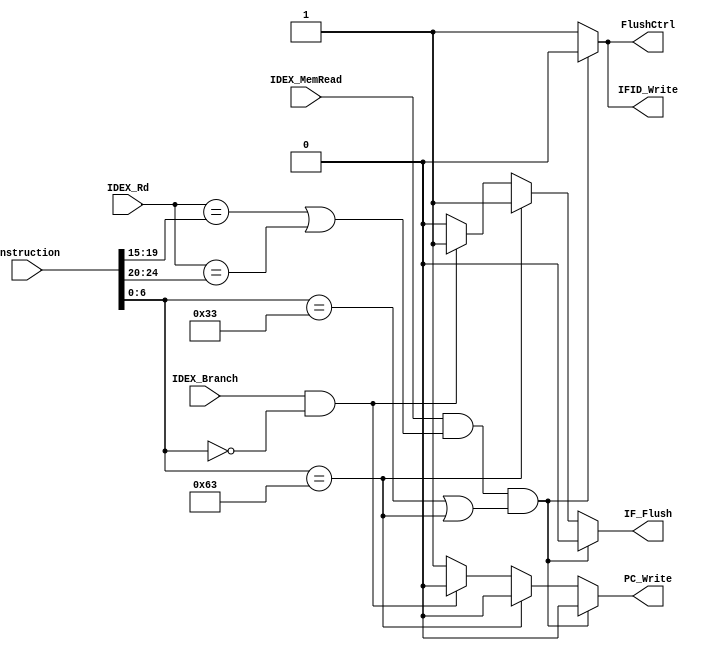
module hazard_detect(instruction,IDEX_MemRead,IDEX_Rd,IDEX_Branch,
							IFID_Write,PC_Write,FlushCtrl,IF_Flush);
input [31:0] instruction;
input IDEX_MemRead,IDEX_Branch;
input [4:0] IDEX_Rd;
output reg IFID_Write,PC_Write,FlushCtrl,IF_Flush;

always @ (*)
begin
// Data Hazard
	if (IDEX_MemRead && ((IDEX_Rd==instruction[19:15]) || (IDEX_Rd==instruction[24:20]))
	&& ((instruction[6:0]==7'b0110011) || (instruction[6:0]==7'b1100011)))
		begin
			IFID_Write = 0;
			PC_Write = 0;
			FlushCtrl = 0;
			IF_Flush = 0;
		end
	else if (instruction[6:0]==7'b1100011)
		begin
			IFID_Write = 1;
			IF_Flush = 1;
			PC_Write = 0;
			FlushCtrl = 1;
		end
	else if (IDEX_Branch && instruction[6:0] == 7'b0000000)
		begin
					PC_Write = 0;
					IFID_Write = 1;
					FlushCtrl = 1;
					IF_Flush = 1;
		end
	else 
		begin
			PC_Write = 1;
			IFID_Write = 1;
			FlushCtrl = 1;
			IF_Flush = 0;
		end

end

endmodule